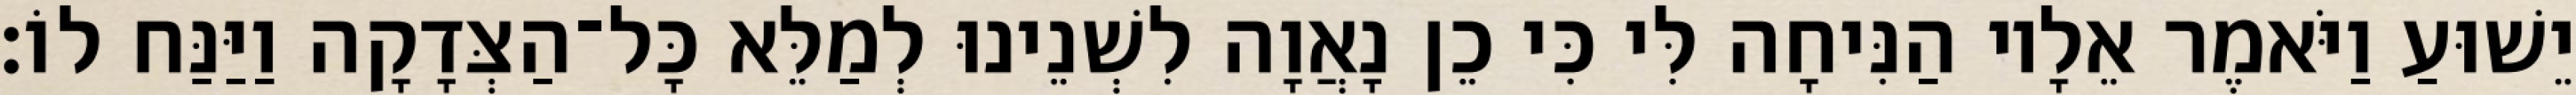
יֵשׁוּעַ וַיֹּאמֶר אֵלָיו הַנִּיחָה לִּי כִּי כֵן נָאֲוָה לִשְׁנֵינוּ לְמַלֵּא כָּל־הַצְּדָקָה וַיַּנַּח לוֹ׃